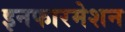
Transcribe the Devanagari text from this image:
इनफारमेशन